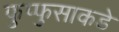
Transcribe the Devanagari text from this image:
फुप्फुसाकडे